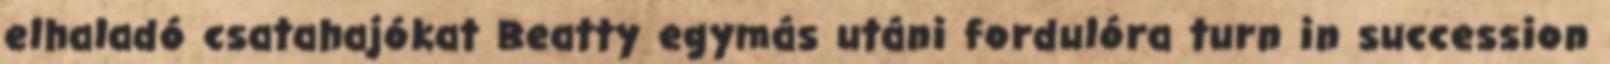
elhaladó csatahajókat Beatty egymás utáni fordulóra turn in succession